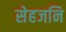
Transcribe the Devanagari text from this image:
सेहजनि